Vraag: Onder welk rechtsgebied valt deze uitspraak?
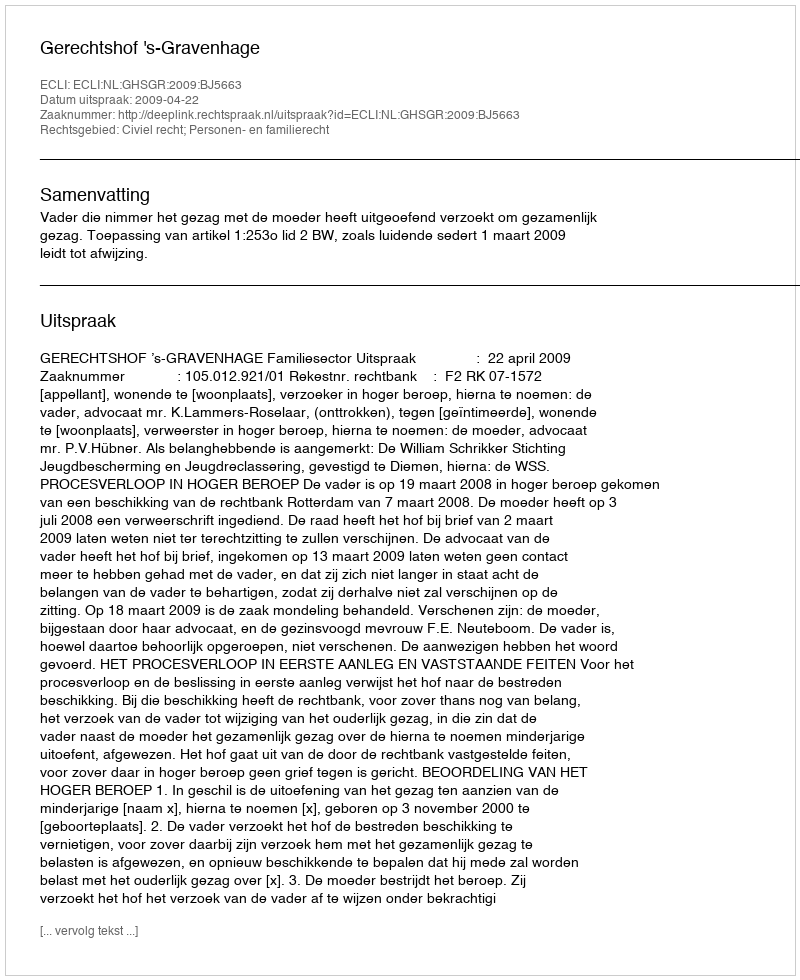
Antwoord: Civiel recht; Personen- en familierecht